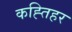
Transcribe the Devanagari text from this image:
कह्तिहर